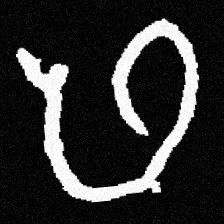
Pyu character \u2014 Myanmar letter: ဖ (romanized: pha)